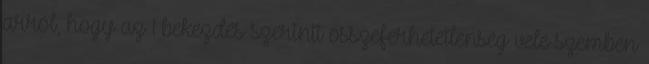
arról, hogy az 1 bekezdés szerinti összeférhetetlenség vele szemben